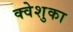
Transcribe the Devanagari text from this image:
क्वेशुका